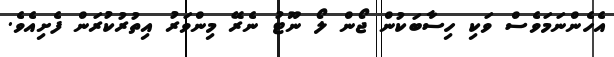
އެހެންނަމަވެސް ވަކި ހިސާބަކުން ޖޯން ލޯ ނޫޓު ނެރޭ މިންވަރު އިތުރުކުރަން ފެށިއެވެ.